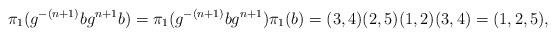
LaTeX: \begin{align*}\pi_1(g^{-(n+1)}bg^{n+1}b)=\pi_1(g^{-(n+1)}bg^{n+1})\pi_1(b)=(3,4)(2,5)(1,2)(3,4)=(1,2,5),\end{align*}